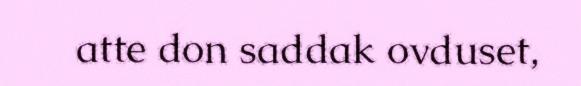
atte don saddak ovduset,